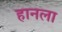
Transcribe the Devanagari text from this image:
हानला